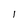
Character: 1